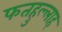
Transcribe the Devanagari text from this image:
फतहुल्लाह